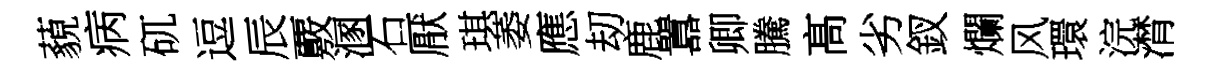
藐病矹逗辰覈溷石厭琪萎應刧鹿囂卿騰髙劣釵爛风環浣潸